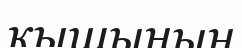
қышының